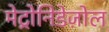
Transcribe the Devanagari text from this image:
मेट्रोनिडेज़ोल